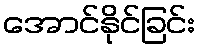
အောင်နိုင်ခြင်း